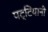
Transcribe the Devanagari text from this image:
पट्टियानी